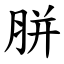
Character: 胼